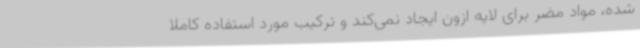
شده، مواد مضر برای لایه ازون ایجاد نمی‌کند و ترکیب مورد استفاده کاملا